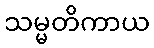
သမ္မတိကာယ